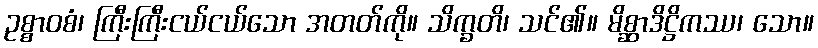
ဥစ္စာဝစံ၊ ကြီးကြီးငယ်ငယ်သော အတတ်ကို။ သိက္ခတိ၊ သင်၏။ မိစ္ဆာဒိဋ္ဌိကဿ၊ သော။